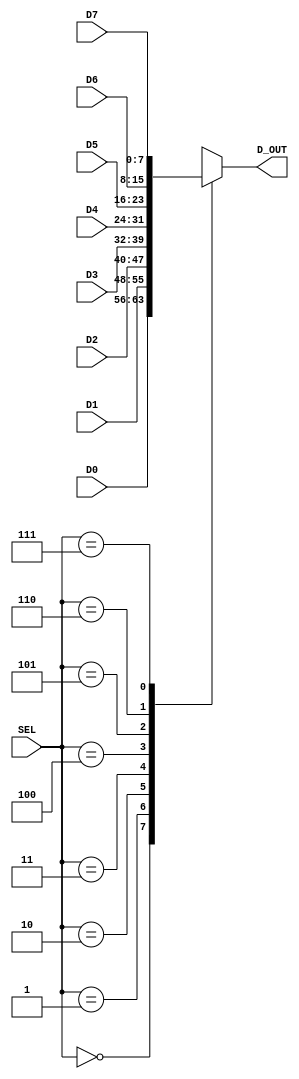
module mux_8t1_nb(SEL, D0, D1, D2, D3, D4, D5, D6, D7, D_OUT); 
       input  [2:0] SEL; 
       input  [n-1:0] D0, D1, D2, D3, D4, D5, D6, D7; 
       output reg [n-1:0] D_OUT;  
       
       parameter n = 8; 
        
       always @(SEL, D0, D1, D2, D3, D4, D5, D6, D7)
       begin 
          case (SEL)
		     0:  D_OUT = D0;
		     1:  D_OUT = D1;
		     2:  D_OUT = D2;
		     3:  D_OUT = D3;
		     4:  D_OUT = D4;
		     5:  D_OUT = D5;
		     6:  D_OUT = D6;
		     7:  D_OUT = D7;
			 default: D_OUT = 0; 
		  endcase 
       end
                
endmodule